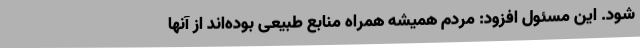
شود. این مسئول افزود: مردم همیشه همراه منابع طبیعی بوده‌اند از آنها